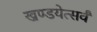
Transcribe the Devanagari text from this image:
खण्डयेत्सर्वं